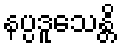
နပ္ပဒူသေန္တိ